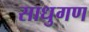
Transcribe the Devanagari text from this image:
साधुगण